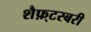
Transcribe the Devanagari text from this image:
शैफ़्टस्बरी